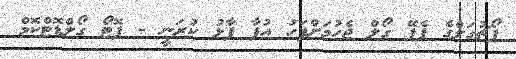
ޕޯޗުގަލްގެ ޕެޕޭ ގޯލް ޖެހުމަށްފަހު އުފާ ފާޅު ކުރަނީ - ފޮޓޯ ގޯލްޑޮޓްކޮމް